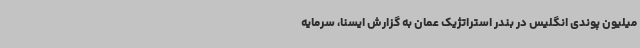
میلیون پوندی انگلیس در بندر استراتژیک عمان به گزارش ایسنا، سرمایه